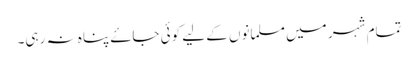
تمام شہر میں مسلمانوں کے لیے کوئی جاۓ پناہ نہ رہی۔